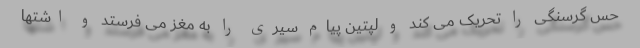
حس گرسنگی را تحریک می کند و لپتین پیام سیری را به مغز می فرستد و اشتها